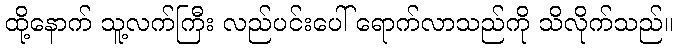
ထို့နောက် သူ့လက်ကြီး လည်ပင်းပေါ် ရောက်လာသည်ကို သိလိုက်သည်။